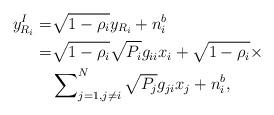
LaTeX: \begin{align*}y_{{R_i}}^I =& \sqrt {1 - {\rho _i}} {y_{{R_i}}} + n_i^b\\=& \sqrt {1 - {\rho _i}} \sqrt {{P_i}} {g_{ii}}{x_i} + \sqrt {1 - {\rho _i}}\times\\ &\sum\nolimits_{j = 1,j \ne i}^N {\sqrt {{P_j}} {g_{ji}}{x_j}} + n_i^b,\end{align*}